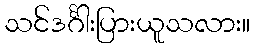
သင်ဒင်္ဂါးပြားယူသလား။